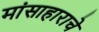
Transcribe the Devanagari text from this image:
मांसाहाराचे